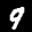
Label: 9